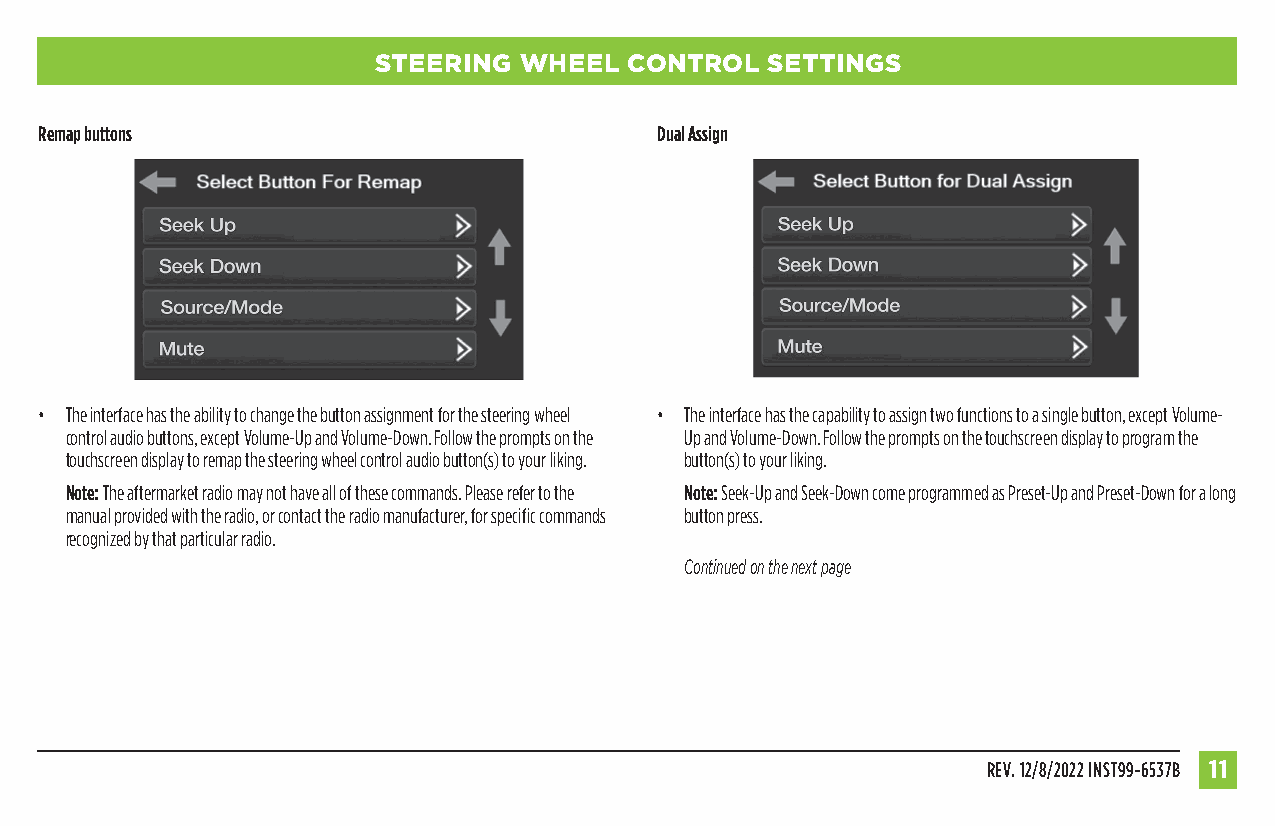
STEERING WHEEL   CONTROL  SETTINGS
 Remap buttons                            Dual Assign
 • The interface has the ability to change the button assignment for the steering wheel • The interface has the capability to assign two functions to a single button, except Volume-
 control audio buttons, except Volume-Up and Volume-Down. Follow the prompts on the Up and Volume-Down. Follow the prompts on the touchscreen display to program the
 touchscreen display to remap the steering wheel control audio button(s) to your liking. button(s) to your liking.
 Note: The aftermarket radio may not have all of these commands. Please refer to the Note: Seek-Up and Seek-Down come programmed as Preset-Up and Preset-Down for a long
 manual provided with the radio, or contact the radio manufacturer, for specific commands button press.
 recognized by that particular radio.
 Continued on the next page
 REV. 12/8/2022 INST99-6537B 11